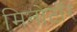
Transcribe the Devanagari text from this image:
मिनोटॉर